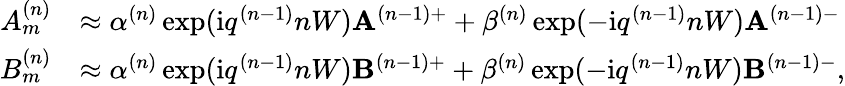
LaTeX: \begin{array}{rl}{A_{m}^{(n)}}&{\approx\alpha^{(n)}\exp(\mathrm{i}q^{(n-1)}nW)\mathbf{A}^{(n-1)+}+\beta^{(n)}\exp(-\mathrm{i}q^{(n-1)}nW)\mathbf{A}^{(n-1)-}}\\ {B_{m}^{(n)}}&{\approx\alpha^{(n)}\exp(\mathrm{i}q^{(n-1)}nW)\mathbf{B}^{(n-1)+}+\beta^{(n)}\exp(-\mathrm{i}q^{(n-1)}nW)\mathbf{B}^{(n-1)-},}\end{array}